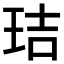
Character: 𤥐